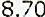
8.70